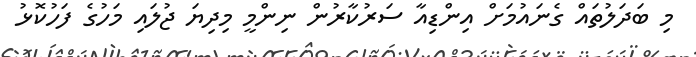
މި ބަދަލުތައް ގެނައުމަށް އިންޑިއާ ސަރުކާރުން ނިންމީ މިދިޔަ ޖުލައި މަހުގެ ފަހުކޮޅު